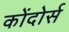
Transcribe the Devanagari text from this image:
कोंदोर्स